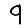
Digit: 9